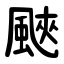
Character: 䬊